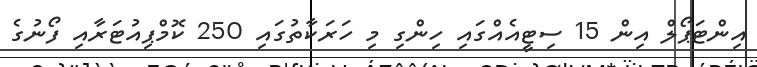
އިންޓަޕޯލް އިން 15 ސިޓީއެއްގައި ހިންގި މި ހަރަކާތުގައި 250 ކޮމްޕިއުޓަރާއި ފޯނުގެ